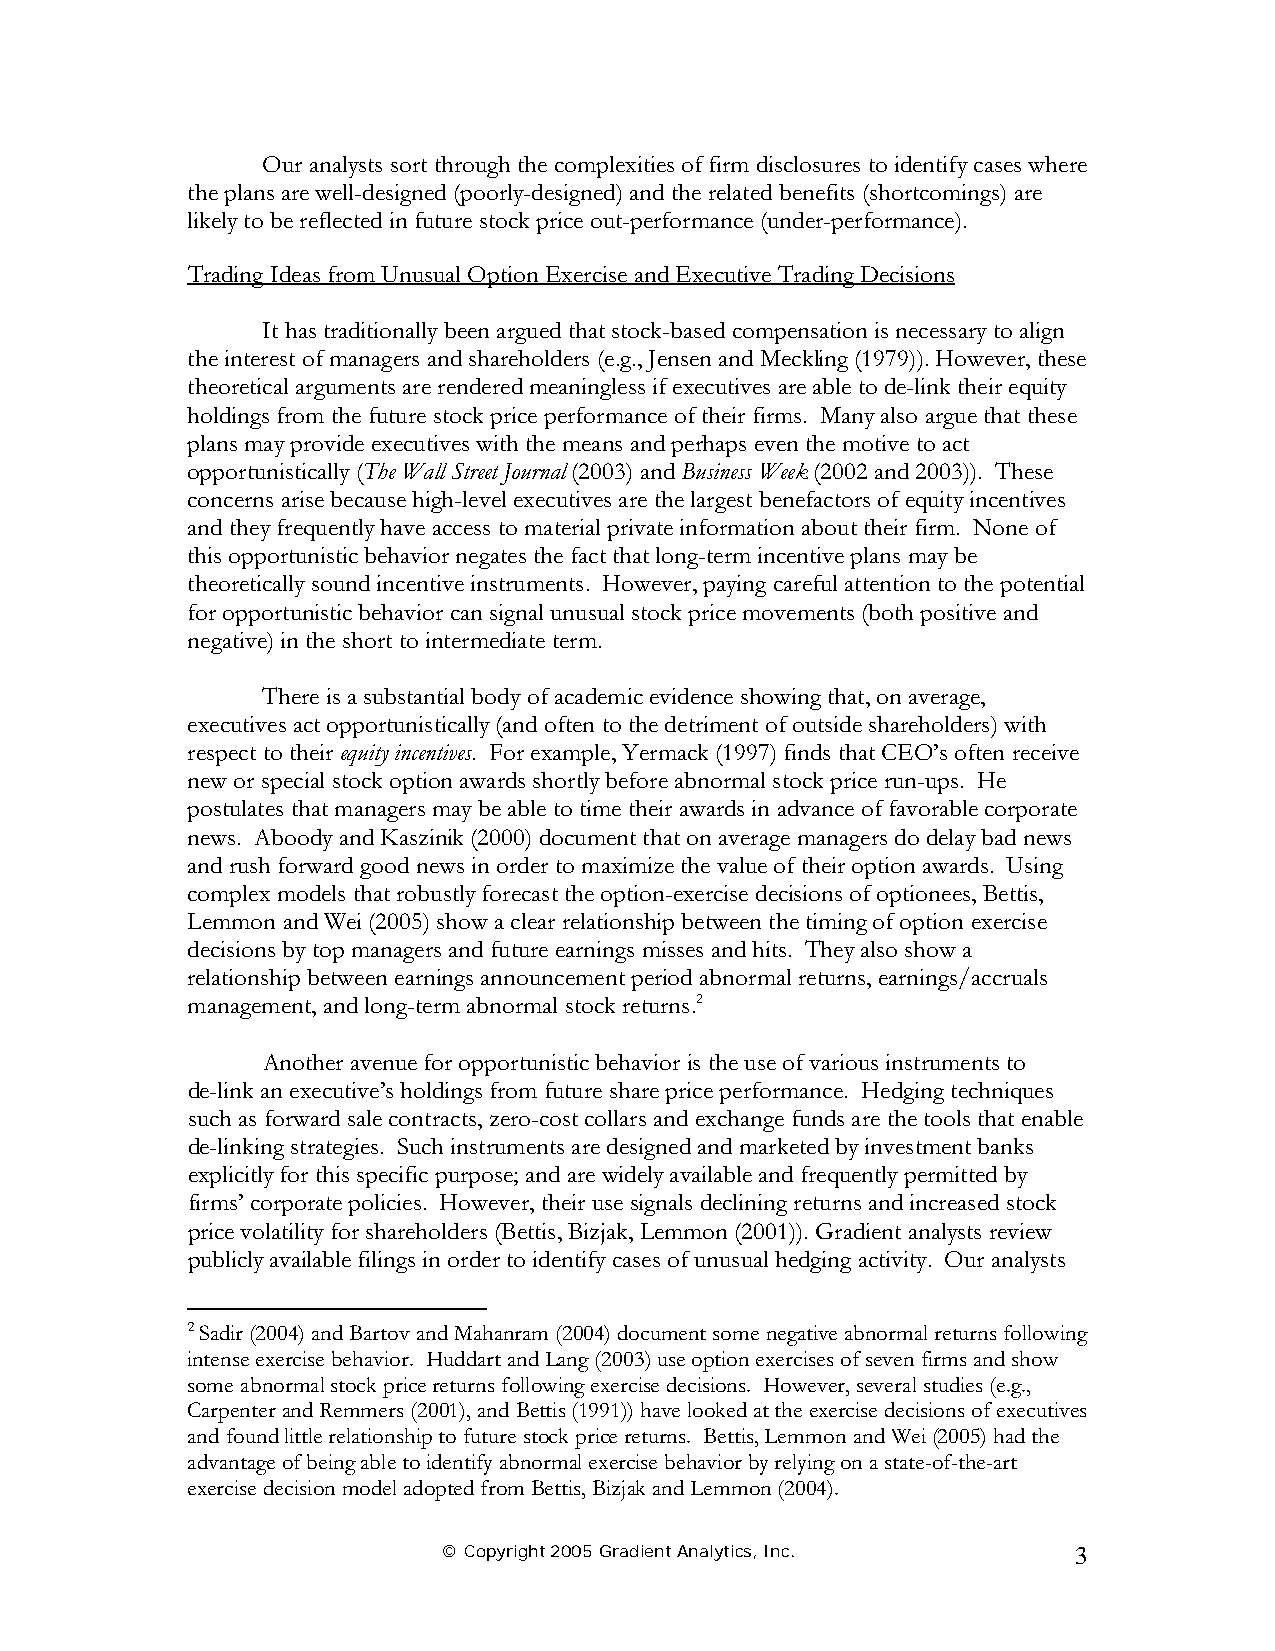
Our analysts sort through the complexities of firm disclosures to identify cases where
 the plans are well-designed (poorly-designed) and the related benefits (shortcomings) are
 likely to be reflected in future stock price out-performance (under-performance).
 Trading Ideas from Unusual Option Exercise and Executive Trading Decisions
 It has traditionally been argued that stock-based compensation is necessary to align
 the interest of managers and shareholders (e.g., Jensen and Meckling (1979)). However, these
 theoretical arguments are rendered meaningless if executives are able to de-link their equity
 holdings from the future stock price performance of their firms. Many also argue that these
 plans may provide executives with the means and perhaps even the motive to act
 opportunistically (The Wall Street Journal (2003) and Business Week (2002 and 2003)). These
 concerns arise because high-level executives are the largest benefactors of equity incentives
 and they frequently have access to material private information about their firm. None of
 this opportunistic behavior negates the fact that long-term incentive plans may be
 theoretically sound incentive instruments. However, paying careful attention to the potential
 for opportunistic behavior can signal unusual stock price movements (both positive and
 negative) in the short to intermediate term.
 There is a substantial body of academic evidence showing that, on average,
 executives act opportunistically (and often to the detriment of outside shareholders) with
 respect to their equity incentives. For example, Yermack (1997) finds that CEO’s often receive
 new or special stock option awards shortly before abnormal stock price run-ups. He
 postulates that managers may be able to time their awards in advance of favorable corporate
 news. Aboody and Kaszinik (2000) document that on average managers do delay bad news
 and rush forward good news in order to maximize the value of their option awards. Using
 complex models that robustly forecast the option-exercise decisions of optionees, Bettis,
 Lemmon and Wei (2005) show a clear relationship between the timing of option exercise
 decisions by top managers and future earnings misses and hits. They also show a
 relationship between earnings announcement period abnormal returns, earnings/accruals
 management, and long-term abnormal stock returns.2
 Another avenue for opportunistic behavior is the use of various instruments to
 de-link an executive’s holdings from future share price performance. Hedging techniques
 such as forward sale contracts, zero-cost collars and exchange funds are the tools that enable
 de-linking strategies. Such instruments are designed and marketed by investment banks
 explicitly for this specific purpose; and are widely available and frequently permitted by
 firms’ corporate policies. However, their use signals declining returns and increased stock
 price volatility for shareholders (Bettis, Bizjak, Lemmon (2001)). Gradient analysts review
 publicly available filings in order to identify cases of unusual hedging activity. Our analysts
 2 Sadir (2004) and Bartov and Mahanram (2004) document some negative abnormal returns following
 intense exercise behavior. Huddart and Lang (2003) use option exercises of seven firms and show
 some abnormal stock price returns following exercise decisions. However, several studies (e.g.,
 Carpenter and Remmers (2001), and Bettis (1991)) have looked at the exercise decisions of executives
 and found little relationship to future stock price returns. Bettis, Lemmon and Wei (2005) had the
 advantage of being able to identify abnormal exercise behavior by relying on a state-of-the-art
 exercise decision model adopted from Bettis, Bizjak and Lemmon (2004).
 © Copyright 2005 Gradient Analytics, Inc. 3